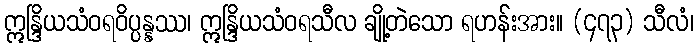
ဣန္ဒြိယသံဝရဝိပ္ပန္နဿ၊ ဣန္ဒြိယသံဝရသီလ ချို့တဲသော ရဟန်းအား။ (၄၇၃) သီလံ၊